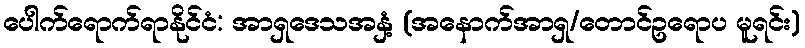
ပေါက်ရောက်ရာနိုင်ငံ: အာရှဒေသအနှံ့ (အနောက်အာရှ/တောင်ဥရောပ မူရင်း)